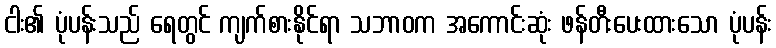
ငါး၏ ပုံပန်းသည် ရေတွင် ကျက်စားနိုင်ရာ သဘာဝက အကောင်းဆုံး ဖန်တီးပေးထားသော ပုံပန်း